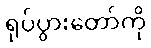
ရုပ်ပွားတော်ကို